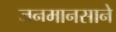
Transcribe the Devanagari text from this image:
जनमानसाने